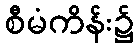
စီမံကိန်း၌